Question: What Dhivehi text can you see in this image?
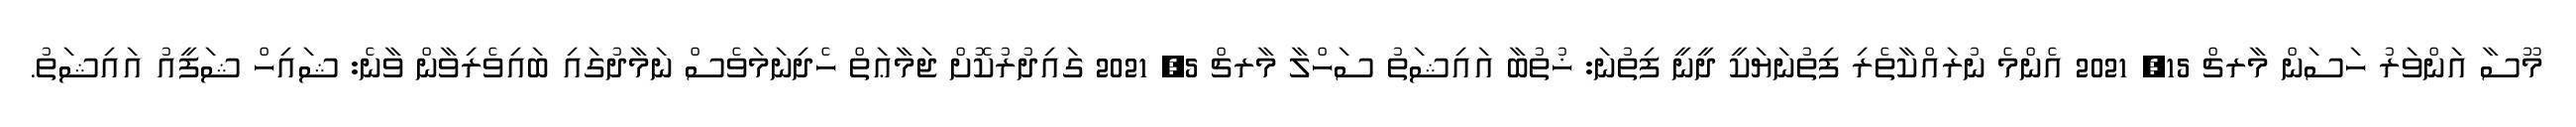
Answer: މޫސާ އަންވަރު ހަސަން މާރޗް 15, 2021 އެންމެ ނުރައްކާތެރި ފިތުނަޔަކީ ދީނީ ފިތުނަ: ޚުތުބާ އައިޝަތު ސަހްލާ މާރޗް 5, 2021 ގައިދުރުކޮށް ޖަމާޢަތް ހެދިނަމަވެސް ނަމާދުގައި ބައިވެރިވާން ވާނެ: ޝައިހް ޝަފީއު އައިޝަތު.